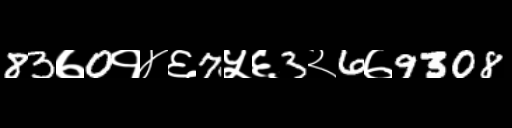
Text: 83७0१४६7५६3२6७9308